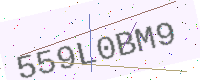
Text: 559L0BM9